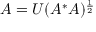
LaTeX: A = U ( A ^ { * } A ) ^ { \frac { 1 } { 2 } }